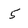
Character: 5